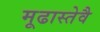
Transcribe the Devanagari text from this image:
मूढास्तेवै